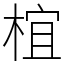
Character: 椬